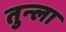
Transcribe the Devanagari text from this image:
तुन्ला